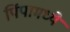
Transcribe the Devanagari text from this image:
पिंपामध्ये